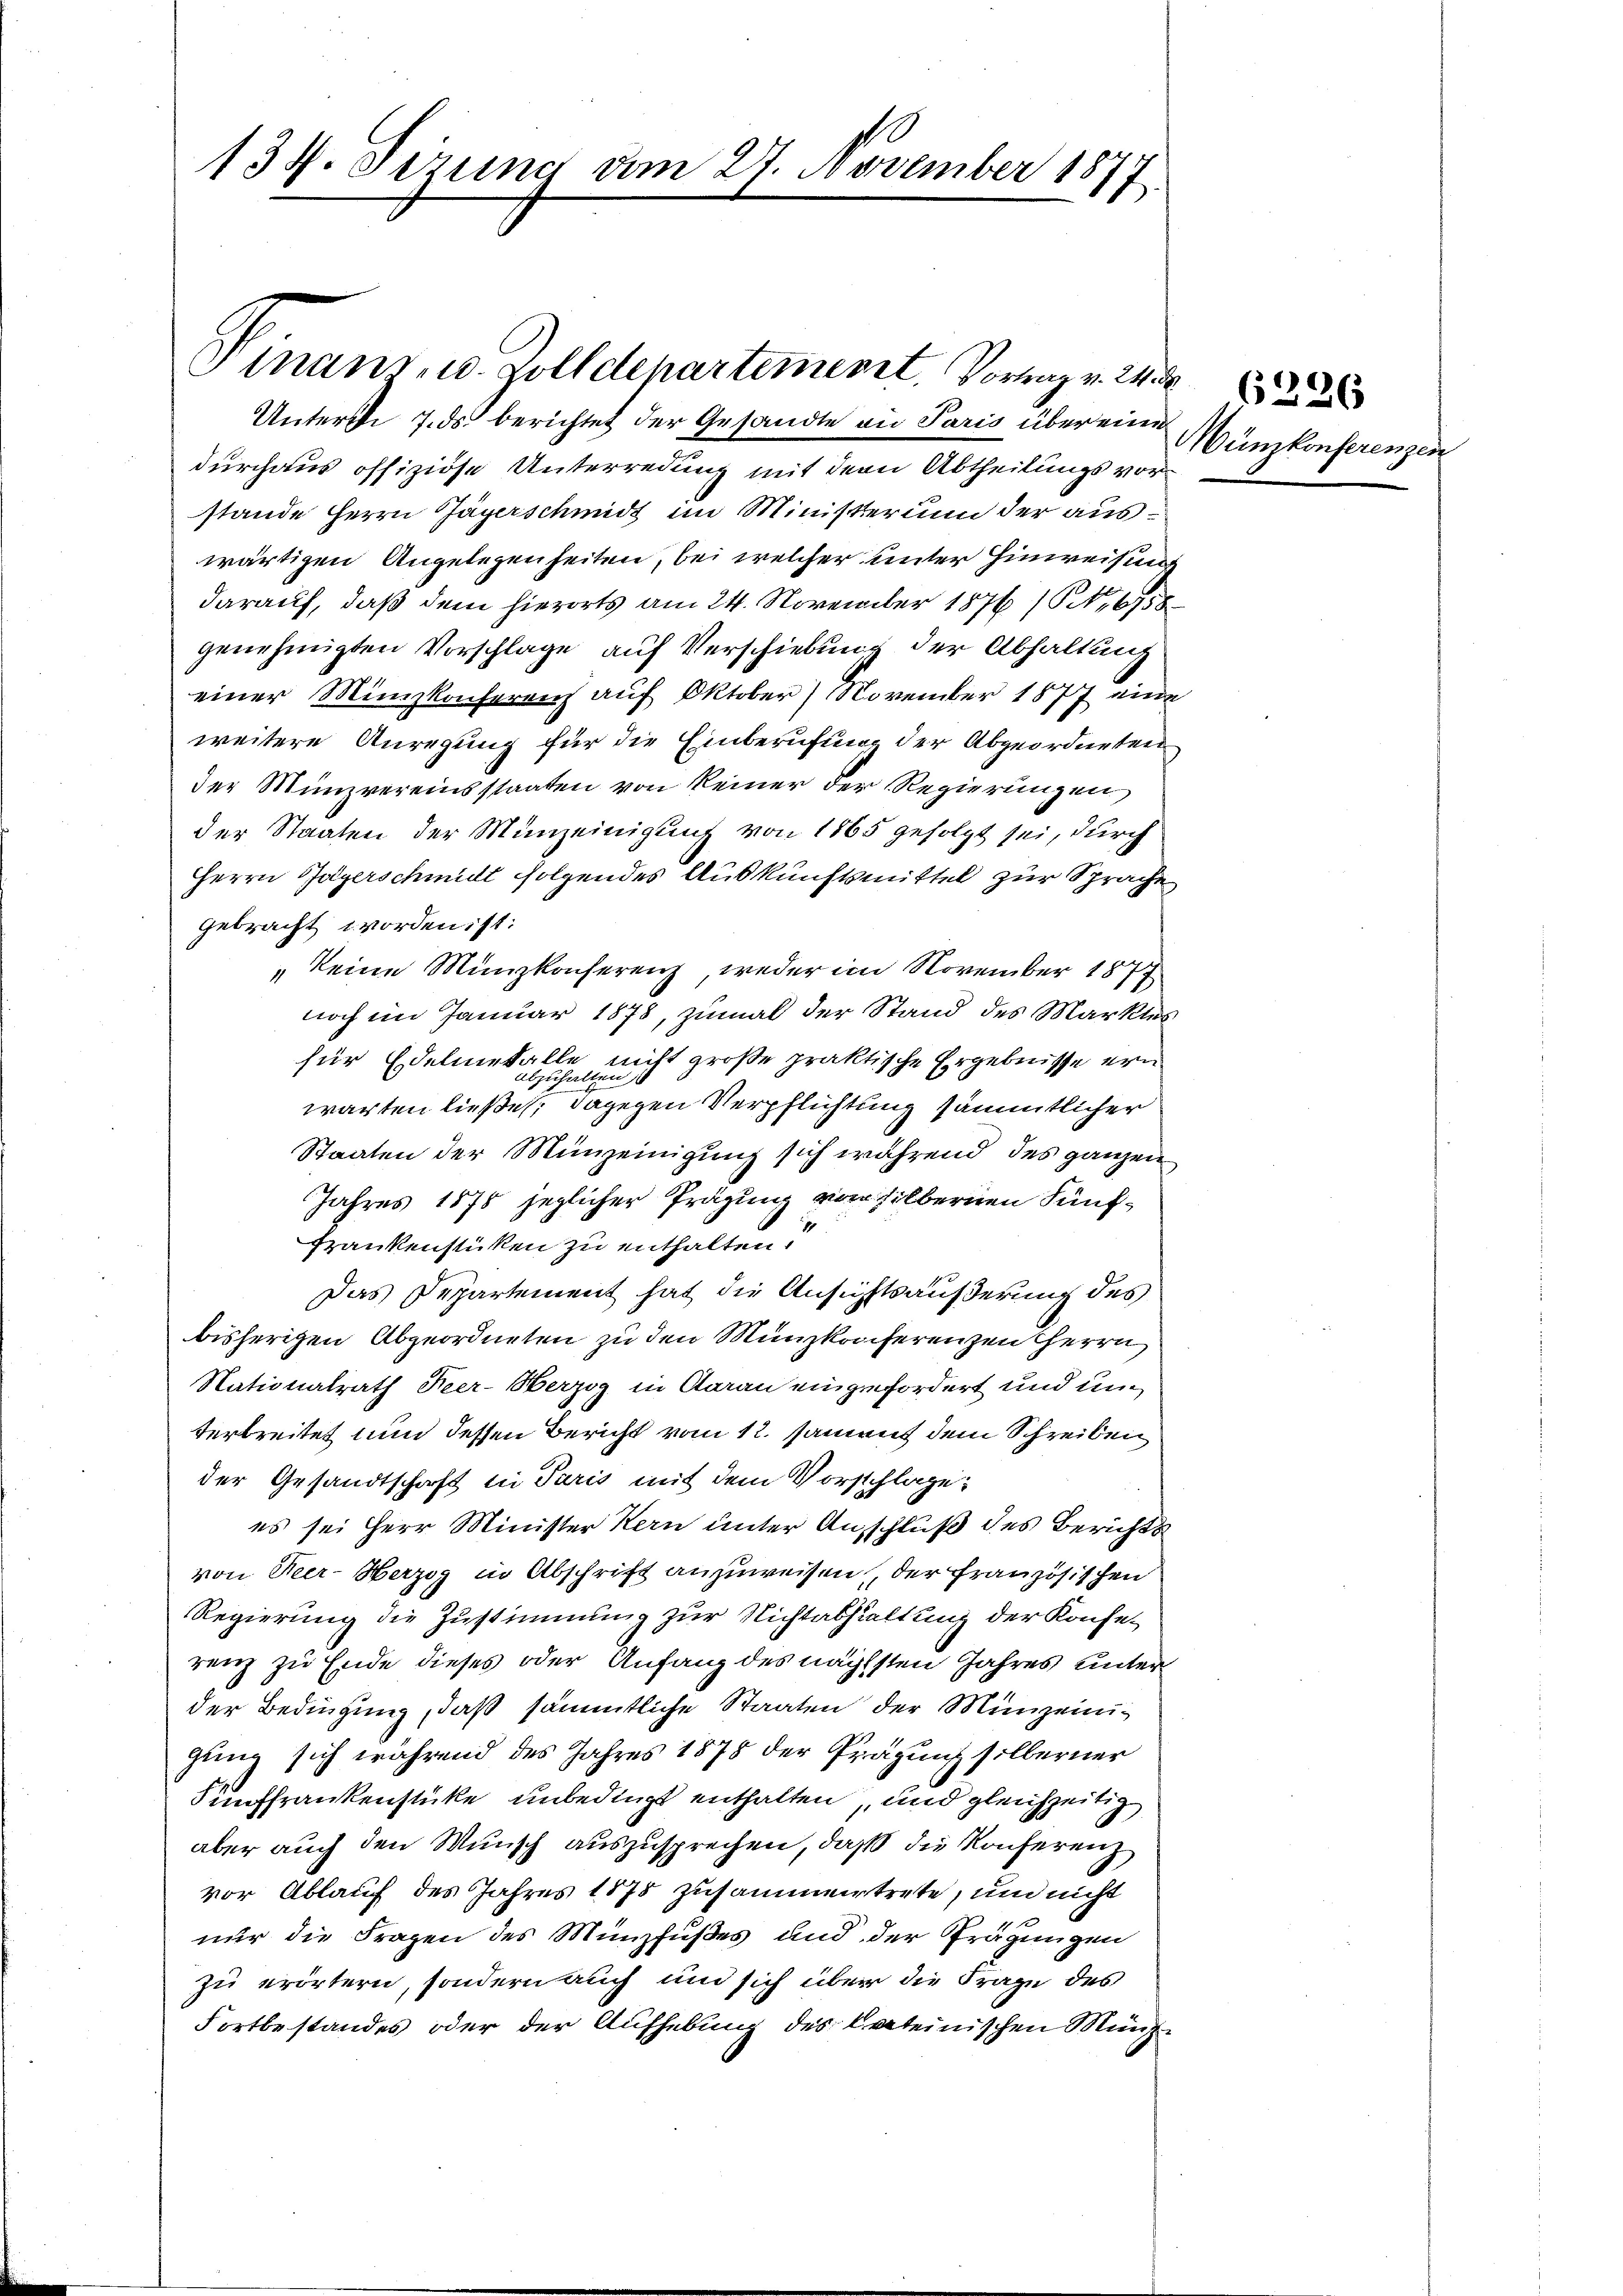
134. Setzung dem 27. November 1877

tnant, u. Zolldepartement. Vortrag v. 24. d

Unterthe 7. ds. berichtet der Gesandte an Paris über eine
durchaus offiziöse Unterredung mit dem Abtheilungsvorstande Herrn Jägerschmidt im Ministerium der auswärtigen Angelegenheiten, bei welcher unter Hinweisung
darauf, daß dem hierorts am 24. November 1876 (S. 6758
genehmigten Vorschlage auf Verschiebung der Abhaltung
einer Münzkonferenz auf Oktober) November 1877 eine
weitere Anregung für die Einberufung der Abgeordneten
der Münzvereinsstaaten von keiner der Regierungen,
der Staaten der Münzeinigung von 1865 gefolgt sei, durch
Herrn Jägerschmidt folgendes Auskunftsmittel zur Sprache
gebracht worden ist:
 keine Münzkonferenz, weder im November 1877
noch im Januar 1878, zumal der Stand des Marktes
für Edelmetalle, nicht große praktische Ergebnisse ern
warten ließe; dagegen Verpflichtung sämmtlicher
Staaten der Münzeinigung sich während des ganzen
Jahres 1878 jeglicher Prägung von silbernen Fünf¬
Frankenstücken zu enthalten.
Das Departement hat die Ansichtsäußerung des
bisherigen Abgeordneten zu den Münzkonferenzen Herrn
Nationalrath Heer-Werzog in daran eingefordert und un
terbreitet nun dessen Bericht vom 12. Sament dem Schreiben
der Gesandtschaft in Paris mit dem Vorschlage:
es sei Herr Minister Kern unter Ausschluß des Berichts
von Heer-Herzog in Abschrift anzuweisen, der französischen
Regierung die Zustimmung zur Nichtabhaltung der Konse-
renz zu Ende dieses oder Anfang des nächsten Jahres unter
der Bedingung, daß sämmtliche Staaten der Münzeinig
gung sich während des Jahres 1878 der Prägung silberner
Fünffrankenstücke unbedingt enthalten, und gleichzeitig,
aber auch den Wunsch auszusprechen, daß die Konferenz
vor Ablauf des Jahres 1875 zusammertrete, und nicht
nur die Fragen des Münzfußes und der Prägungen
zu erörtern, sondern auch und sich über die Frage des
Fortbestandes oder der Aufhebung des Cateinischen Münz¬

Münzkonferenzei

6226